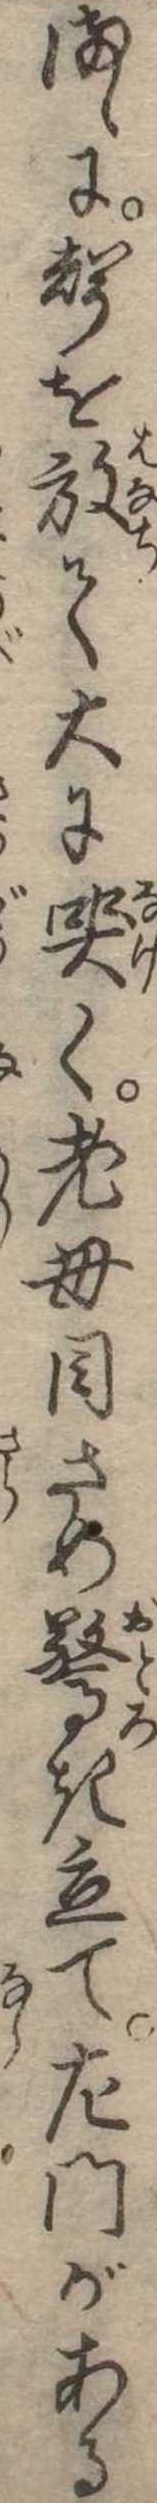
まゝに声を放て大に哭く老母目さめ驚き立て左門がある